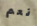
نعم